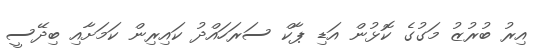
އިރު ބުރުޒު މަަގުގެ ކޮޅުން އަޑި ޕާކް ސަރަހައްދު ކައިރިން ކަމަށާއި ބިދޭސީ